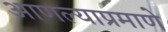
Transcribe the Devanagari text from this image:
आणल्याप्रमाणे